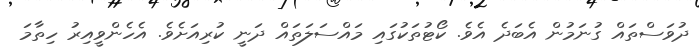
ދުވަސްތައް ގުނަމުން އެބަދެ އެވެ. ކޯޓުތަކުގައި މައްސަލަތައް ދަނީ ކުރިއަށެވެ. އެހެންވީއިރު ހިތާމަ